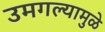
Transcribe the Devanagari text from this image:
उमगल्यामुळे